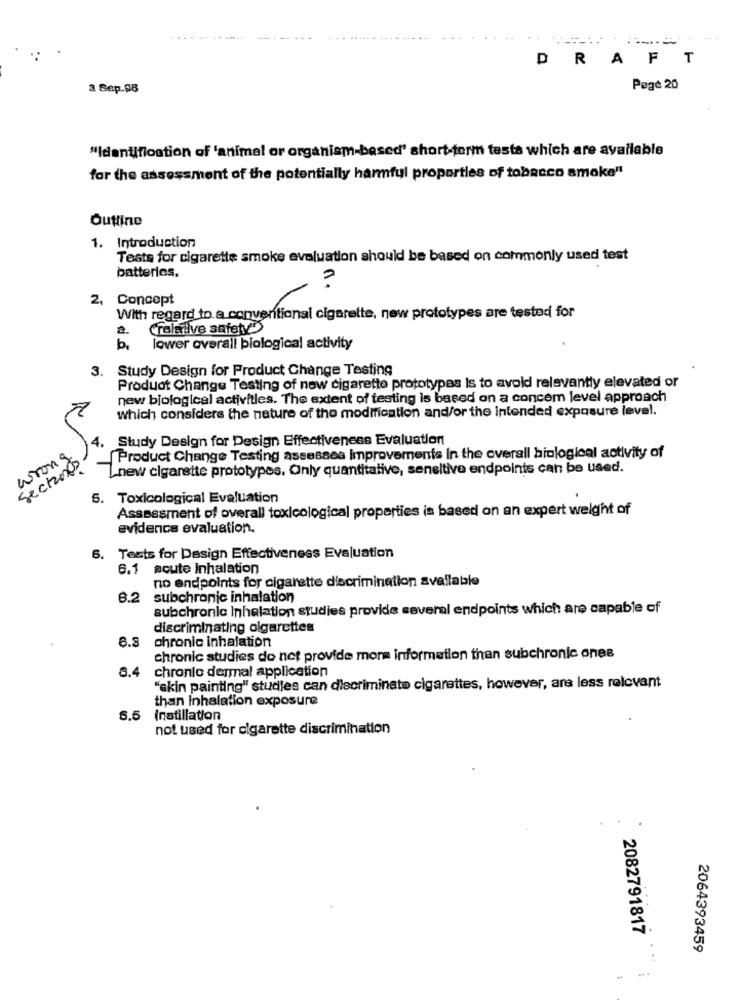
DRAFT
3 Sep.98
Pege 20
"Identification of 'animal or organism-based' short-term tests which are available
for the assessment of the potentially harmful properties of tobacco smoke"
Outline
1. Introduction
Tests for cigarette smoke evaluation should be based on commonly used test
batteries.
?
2. Concept
With regard to a conventional cigarette, new prototypes are tested for
2.
relative safety
lower overall biological activity
3. Study Design for Product Change Testing
Product Change Testing of new cigarette prototypes Is to avoid relevantly elevated or
new biological activities. The extent of testing is based on a concem level approach
which considers the nature of the modification and/or the intended exposure level.
4. Study Design for Design Effectiveness Evaluation
wrong
[ Product Change Testing assesses Improvements In the overall biological activity of
sector
Lnew cigarette prototypes. Only quantitative, seneltive endpoints can be used.
5. Toxicological Evaluation
Assessment of overall toxicological properties is based on an expert weight of
evidence evaluation.
6. Tests for Design Effectiveness Evaluation
6.1 acute Inhalation
no endpoints for cigarette discrimination available
6.2 subchronic inhalation
subchronic Inhalation studies provide several endpoints which are capable of
discriminating olgarettes
6.8
chronic inhalation
chronic studies do not provide more information than subchronic ones
6.4
chronio dermal application
"skin painting" studies can discriminate cigarettes, however, are less relevant
than Inhalation exposure
5.5
Instillation
not used for cigarette discrimination
2082791817
2064393459